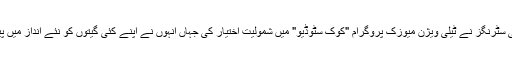
ساتھ ہی سٹرنگز نے ٹیلی ویژن میوزک پروگرام "کوک سٹوڈیو" میں شمولیت اختیار کی جہاں انہوں نے اپنے کئی گیتوں کو نئے انداز میں پیش کیا۔